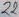
Text: 22